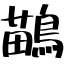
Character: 鶓